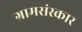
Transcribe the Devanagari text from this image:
ग्रामसंस्कार